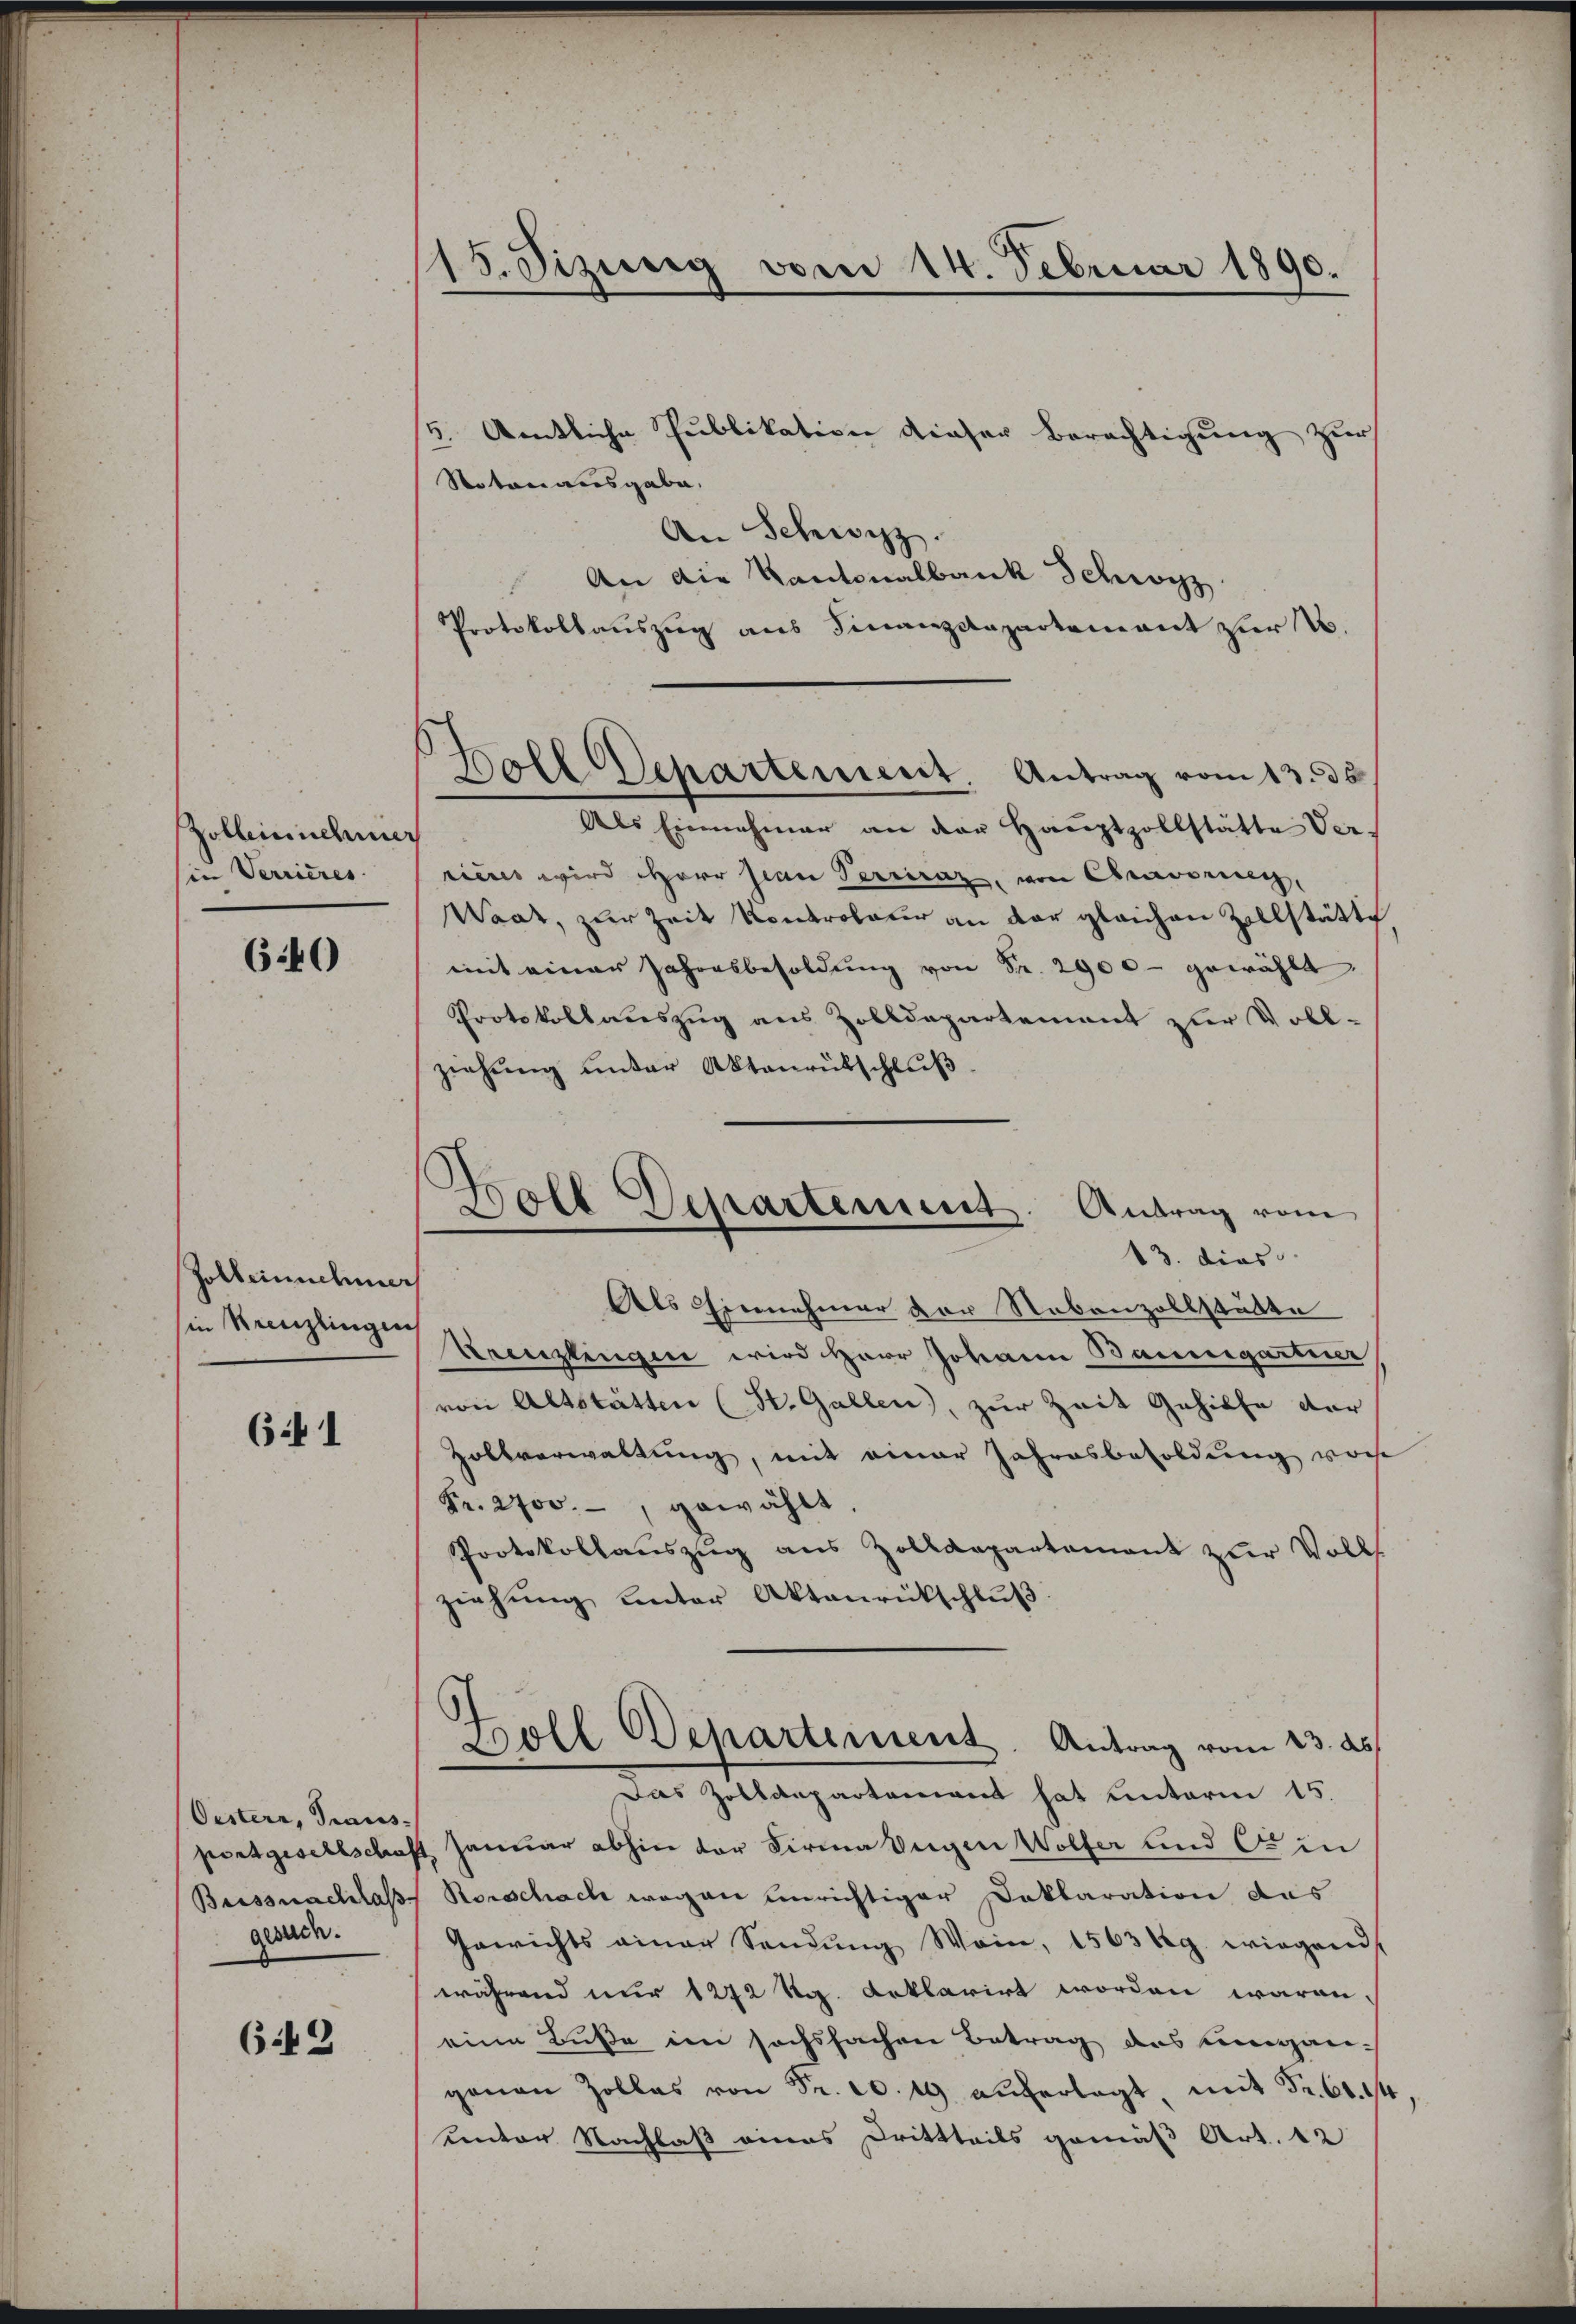
Zolbeinschun
(in Verrieres

640

Zolbeinnehmer
in Kreuzlingen

641

Oestern, Traus-
gesuch.

642

15. Sizung vom 14. Februar 1890.

Goll Departement. Antrag vom 13. ds.

Boll Departement. Antrag vom
13. dies

5. Amtliche Publikation dieser Berechtigung zur
Statori ausgabe,
An Schwyz.
An die Kantonalbank Schwyz
Protokollauszug aus Finanzdepartement zur N.
Als Einnehmer an der Hauptzollstätte Ver-
rieres wird Herr Jean Perciraz, von Cravoren,
Waat, zur Zeit Kontroleur an der gleichen Zollstätte
mit einer Jahresbesoldŭng von Fr. 2900- gewählt.
Protokollauszug aus Zolldepartement zur Voll-
ziehung unter Aktenrütschluß
Als Einnehmer vor Nebenzollstätte
Kreuzlingen wird Herr Johann Baumgartner
von Altstätten (St. Gallen), zur Zeit Gehilfe der
Zollverwaltung, mit einer Jahresbesoldung vorhe
Fr. 2700.- gewählt.
Protokollauszug aus Zolldepartement zŭr Volks
ziehung unter Aktenrückschluß
Köll Departement. Antrag vom 23. ds.
Das Zolldepartement hat unterm 15.
portgesellschaft Januar abhin der Firma Eugen Wolfer und C in
Buissnachlass Rorschach wegen unrichtiger Deklaration das
Gewichts einer Sendung Wein, 1563 kg. wiegend
während nur 1272 Rg. deklarirt worden waren,
eine Buße im sechssachen Betrag des Eingangenau Zollas von Fr. 10. 19 auferlegt, mit Fr. 60. 14
unter Nachlaß eines Drittheils gemäß Art. 12